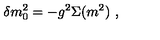
\delta m _ { 0 } ^ { 2 } = - g ^ { 2 } \Sigma ( m ^ { 2 } ) \ ,